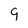
Character: 9